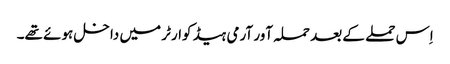
اِس حملے کے بعد حملہ آور آرمی ہیڈ کوارٹر میں داخل ہوئے تھے۔